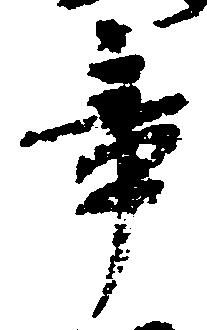
章